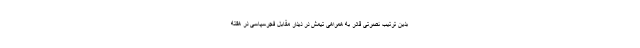
بدین ترتیب نصرتی قادر به همراهی تیمش در دیدار مقابل فجرسپاسی در هفته